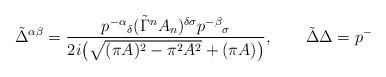
LaTeX: \begin{align*}\tilde\Delta^{\alpha\beta}=\frac{p^{-\alpha}{}_\delta(\tilde\Gamma^nA_n)^{\delta\sigma}p^{-\beta}{}_\sigma}{2i\big(\sqrt{(\pi A)^2-\pi^2A^2}+(\pi A)\big)}, \qquad \tilde\Delta\Delta=p^-\end{align*}